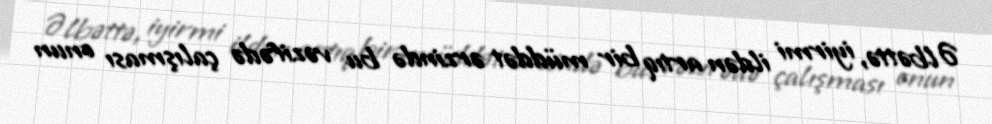
Əlbəttə, iyirmi ildən artıq bir müddət ərzində bu vəzifədə çalışması onun